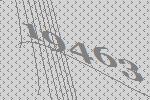
19463